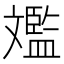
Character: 𣁥